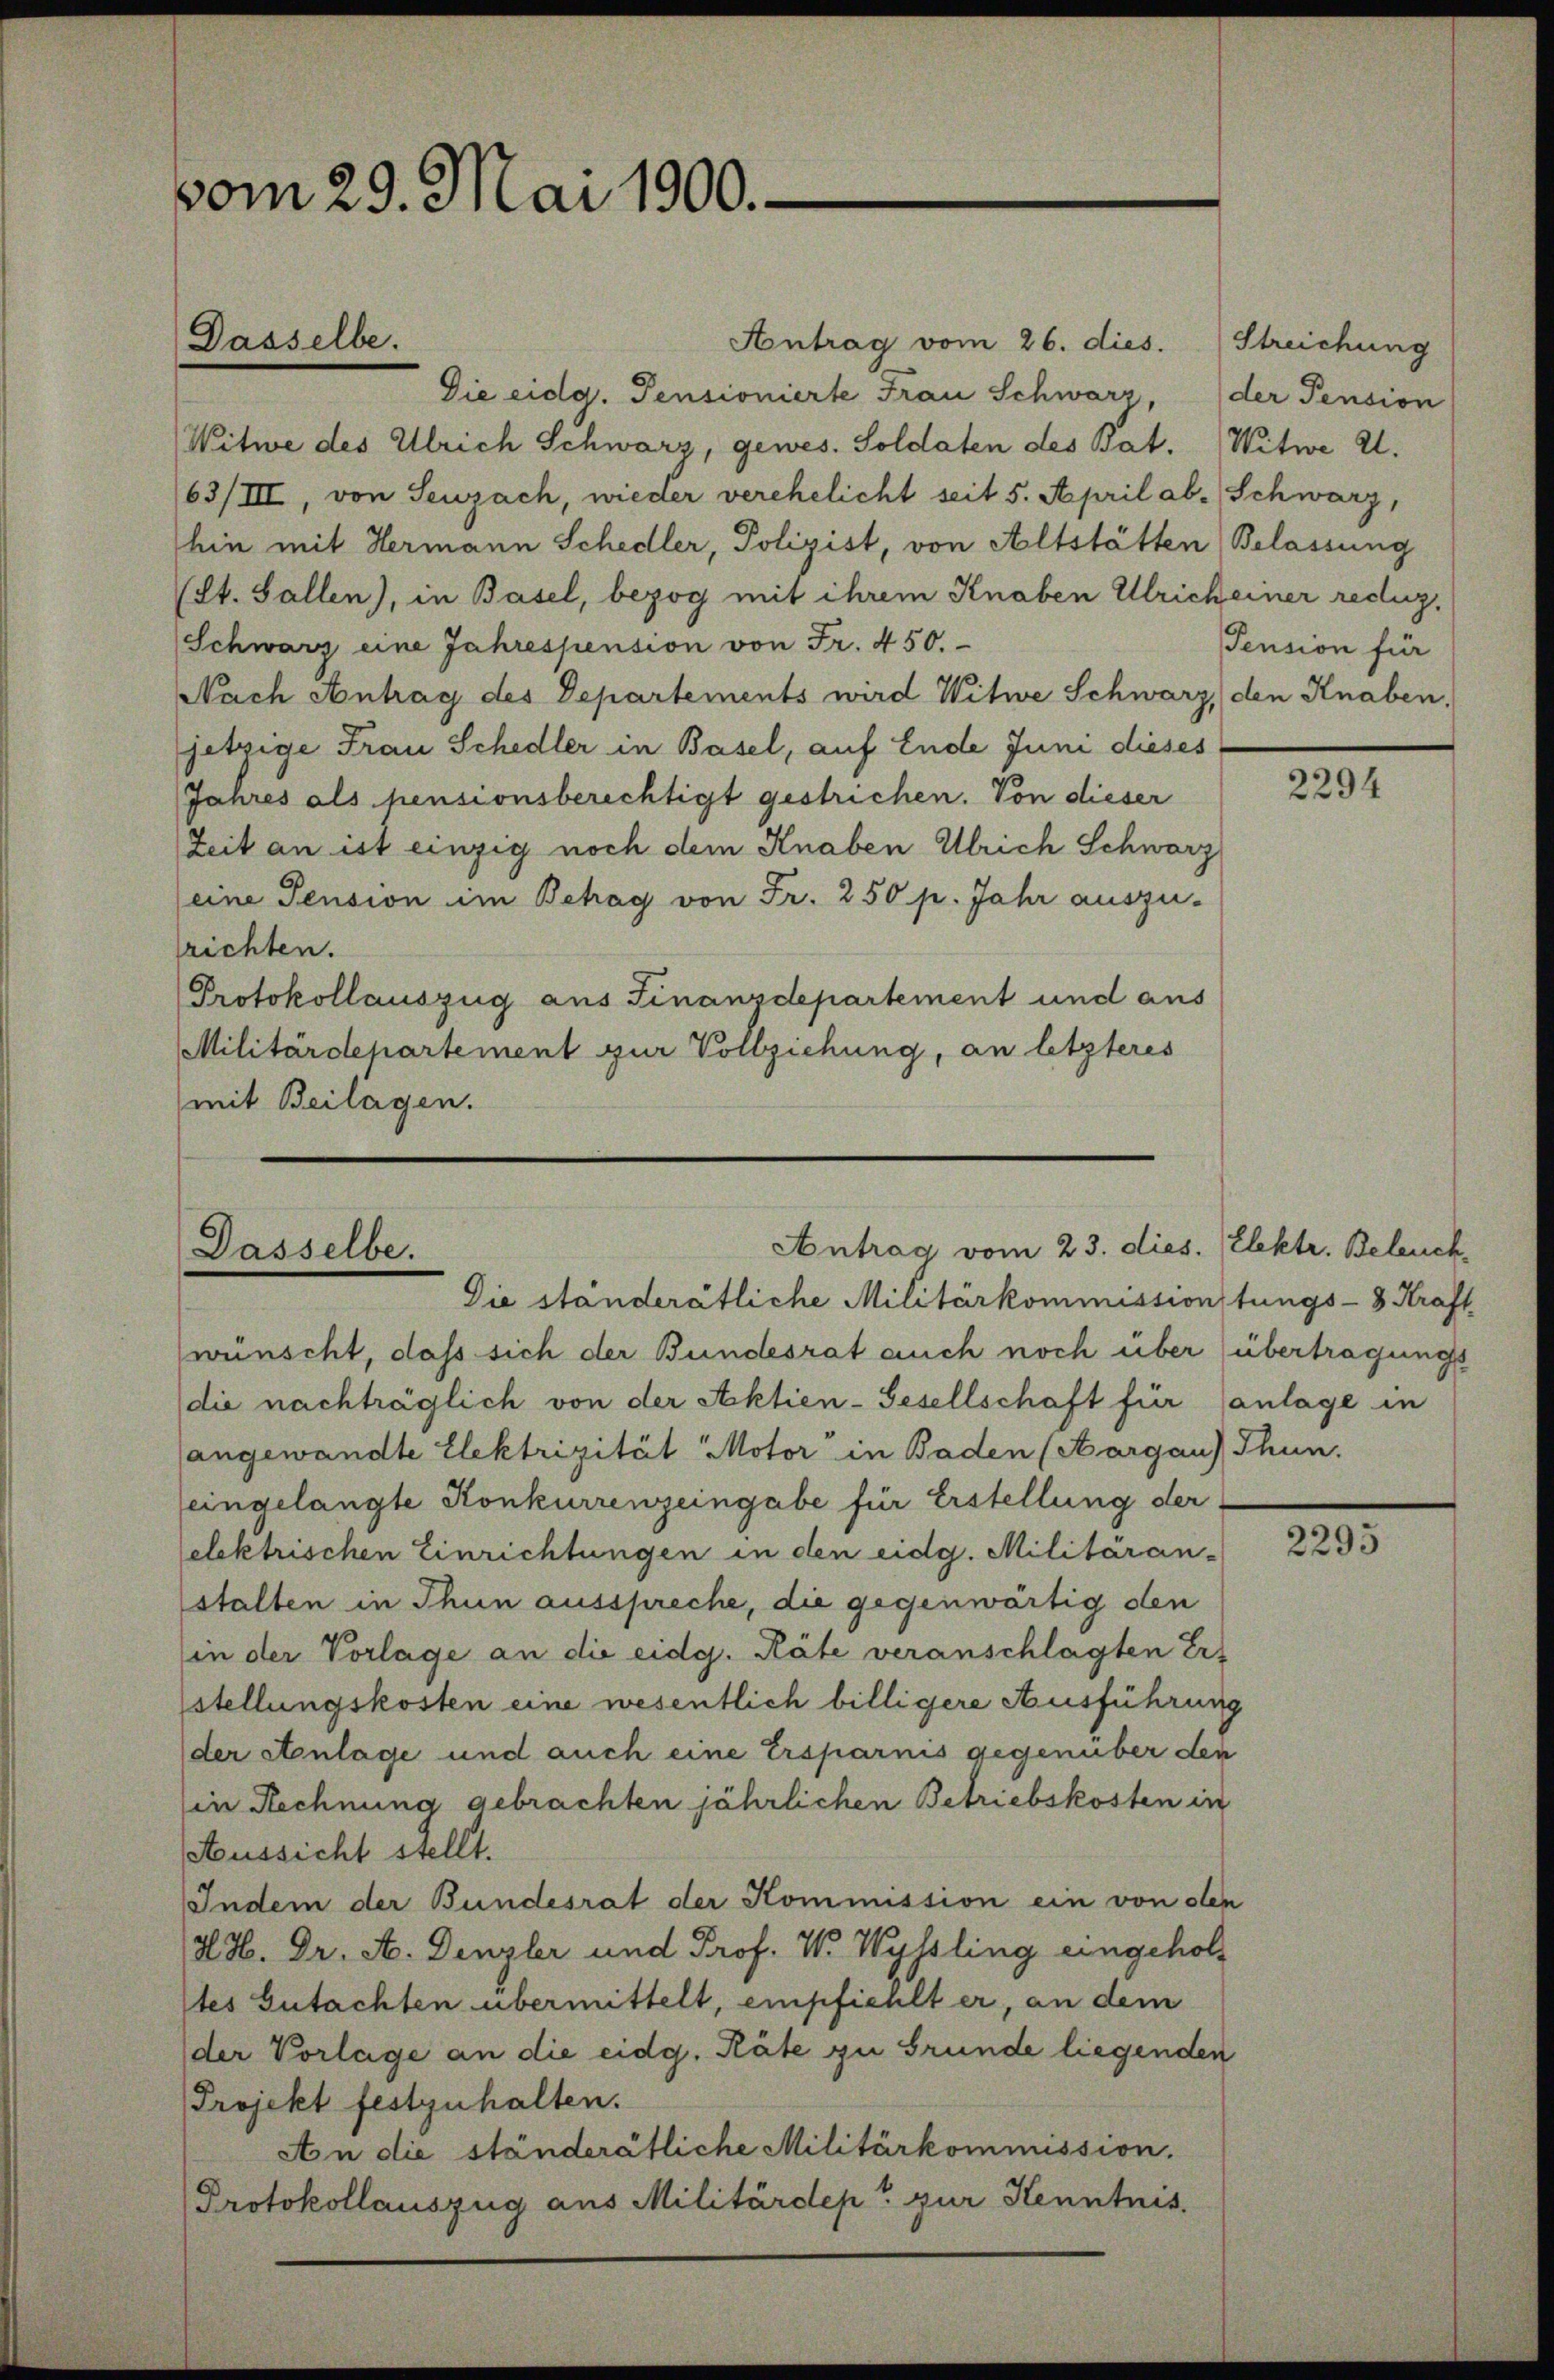
vom 29. Mai 1900.

Dasselbe.

63/III, von Seuzach, wieder verehelicht seit 5. April ab. Schwarz,
hin mit Hermann Schedler, Polizist, von Altstätten Belassung
(St. Gallen), in Basel, bezog mit ihrem Knaben Ulrich einer redig¬
Schwarz eine Jahrespension von Fr. 450.
Nach Antrag des Departements wird Witwe Schwarz, den Knaben,
jetzige Frau Schedler in Basel, auf Ende Juni dieses
Jahres als pensionsberechtigt gestrichen. Von dieser
Zeit an ist einzig noch dem Knaben Ulrich Schwarz
eine Pension im Betrag von Fr. 250 p. Jahr auszu-
richten.
Protokollauszug aus Finanzdepartement und aus
Militärdepartement zur Vollziehung, an letzteres
mit Beilagen.

Antrag vom 23. dies. (Elektr. Beleuch
Dasselbe.
Die ständerätliche Militärkommission tungs- 3 Kraft

wünscht, daß sich der Bundesrat auch noch über (übertragungs
(die nachträglich von der Aktien-Gesellschaft für anlage in
angewandte Elektrizität Motor in Baden (Aargau) Thun.
eingelangte Konkurrenzeingabe für Erstellung der
elektrischen Einrichtungen in den eidg. Militäran-
stalten in Thun ausspreche, die gegenwärtig den
in der Vorlage an die eidg. Räte veranschlagten Er-
stellungskosten eine wesentlich billigere Ausführung
der Anlage und auch eine Ersparnis gegenüber den
in Rechnung gebrachten jährlichen Betriebskosten in
Aussicht stellt.
Indem der Bundesrat der Kommission ein von den
H. H. Dr. A. Denzler und Prof. W. Wyssling eingeholltes Gutachten übermittelt, empfiehlt er, an dem
der Vorlage an die eidg. Räte zu Grunde liegenden
Projekt festzuhalten.
An die ständerätliche Militärkommission.
Protokollauszug aus Militärdept zur Kenntnis.

Antrag vom 26. dies. Streichung
Die eidg. Pensionierte Frau Schwarz, der Pension
Witwe des Ulrich Schwarz, gewes. Soldaten des Bat. Witwe A.

Pension für

2294

2295